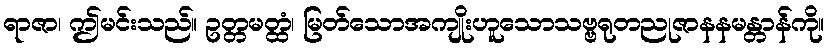
ရာဇာ၊ ဤမင်းသည်။ ဥတ္တမတ္ထံ၊ မြတ်သောအကျိုးဟူသောသဗ္ဗရုတညုဇာနနမန္တာန်ကို။